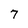
Character: 7